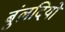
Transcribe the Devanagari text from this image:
बुंलदियो